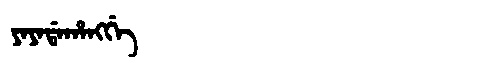
Manchu: ᠶᠠᠶᠠᡩᠠᡥᠠᠩᡤᡝ
Romanization: YAYADAHANGGE